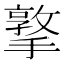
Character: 撉